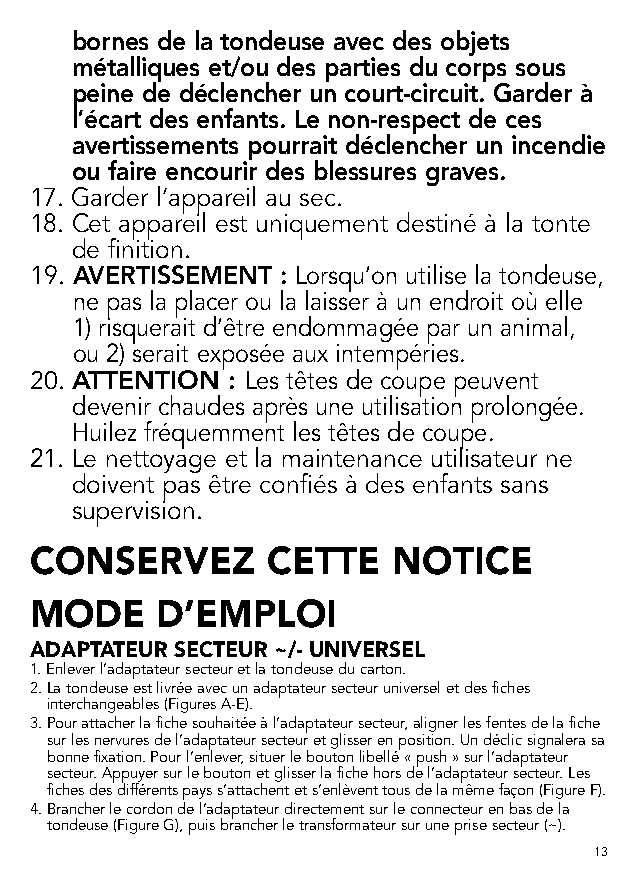
bornes de la tondeuse avec des objets
 métalliques et/ou des parties du corps sous
 peine de déclencher un court-circuit. Garder à
 l’écart des enfants. Le non-respect de ces
 avertissements pourrait déclencher un incendie
 ou faire encourir des blessures graves.
 17. Garder l’appareil au sec.
 18. Cet appareil est uniquement destiné à la tonte
 de finition.
 19. AVERTISSEMENT : Lorsqu’on utilise la tondeuse,
 ne pas la placer ou la laisser à un endroit où elle
 1) risquerait d’être endommagée par un animal,
 ou 2) serait exposée aux intempéries.
 20. A TTENTION : Les têtes de coupe peuvent
 devenir chaudes après une utilisation prolongée.
 Huilez fréquemment les têtes de coupe.
 21. Le nettoyage et la maintenance utilisateur ne
 doivent pas être confiés à des enfants sans
 supervision.
 CONSERVEZ       CETTE   NOTICE
 MODE    D’EMPLOI
 ADAPTATEUR SECTEUR ~/- UNIVERSEL
 1. Enlever l’adaptateur secteur et la tondeuse du carton.
 2. La tondeuse est livrée avec un adaptateur secteur universel et des fiches
 interchangeables (Figures A-E).
 3. Pour attacher la fiche souhaitée à l’adaptateur secteur, aligner les fentes de la fiche
 sur les nervures de l’adaptateur secteur et glisser en position. Un déclic signalera sa
 bonne fixation. Pour l’enlever, situer le bouton libellé « push » sur l’adaptateur
 secteur. Appuyer sur le bouton et glisser la fiche hors de l’adaptateur secteur. Les
 fiches des différents pays s’attachent et s’enlèvent tous de la même façon (Figure F).
 4. Brancher le cordon de l’adaptateur directement sur le connecteur en bas de la
 tondeuse (Figure G), puis brancher le transformateur sur une prise secteur (~).
 13